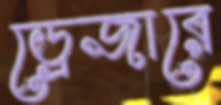
ড্রেজারে